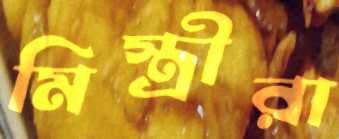
মিস্ত্রীরা